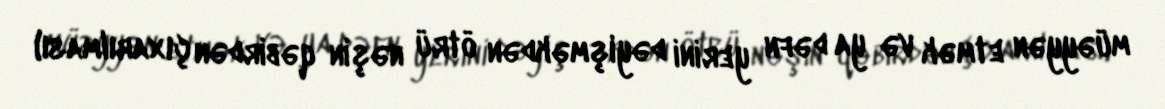
müəyyən etmək və ya dəfn yerini dəyişməkdən ötrü nəşin qəbirdən çıxarılması)